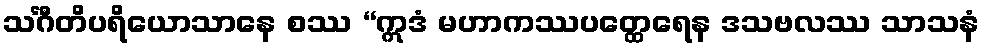
သင်္ဂီတိပရိယောသာနေ စဿ “ဣဒံ မဟာကဿပတ္ထေရေန ဒသဗလဿ သာသနံ